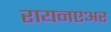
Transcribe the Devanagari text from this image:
रायनएअर